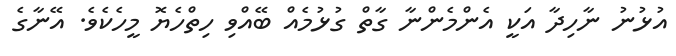
އުޅުނު ނާހިދާ އަކީ އެންމެންނާ ގާތް ގުޅުމެއް ބޭއްވި ހިތްހެޔޮ މީހެކެވެ. އޭނާގެ